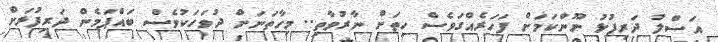
އަސްލު ދަރިފުޅު ނޫންކަމަށް ފަހަރެއްގަވެސް ހިތަށް ނާރުވާތި.. މިހާތަނަށް ދުވަހަކުވެސް ބައްޕަމެން ދަރިފުޅަށް